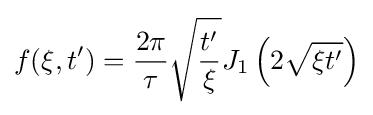
f(\xi ,t')={\frac {2\pi }{\tau }}{\sqrt {\frac {t'}{\xi }}}J_{1}\left(2{\sqrt {\xi t'}}\right)